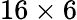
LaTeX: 16\times 6